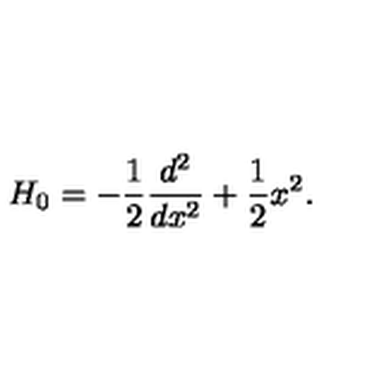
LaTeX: H _ { 0 } = - \frac { 1 } { 2 } \frac { d ^ { 2 } } { d x ^ { 2 } } + \frac { 1 } { 2 } x ^ { 2 } .